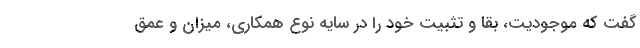
گفت که موجودیت، بقا و تثبیت‌ خود را در سایه نوع همکاری، میزان و عمق